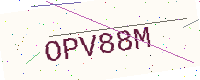
Text: OPV88M